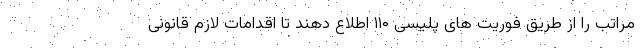
مراتب را از طریق فوریت های پلیسی ۱۱۰ اطلاع دهند تا اقدامات لازم قانونی